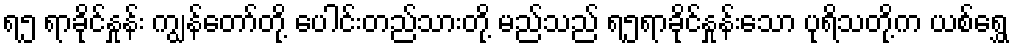
ရ၅ ရာခိုင်နှုန်း ကျွန်တော်တို့ ပေါင်းတည်သားတို့ မည်သည် ရ၅ရာခိုင်နှုန်းသော ပုရိသတို့က ယစ်ရွှေ